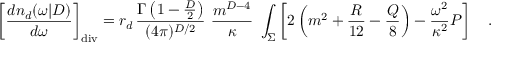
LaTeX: \left[ { \frac { d n _ { d } ( \omega | D ) } { d \omega } } \right] _ { \tiny \mathrm { d i v } } = r _ { d } \, { \frac { \Gamma \left( 1 - \frac D 2 \right) } { ( 4 \pi ) ^ { D / 2 } } } \, \, { \frac { m ^ { D - 4 } } { \kappa } } \, \, \int _ { \Sigma } \left[ 2 \left( m ^ { 2 } + { \frac { R } { 1 2 } } - { \frac { \cal Q } { 8 } } \right) - { \frac { \omega ^ { 2 } } { \kappa ^ { 2 } } } { \cal P } \right] ~ ~ ~ .